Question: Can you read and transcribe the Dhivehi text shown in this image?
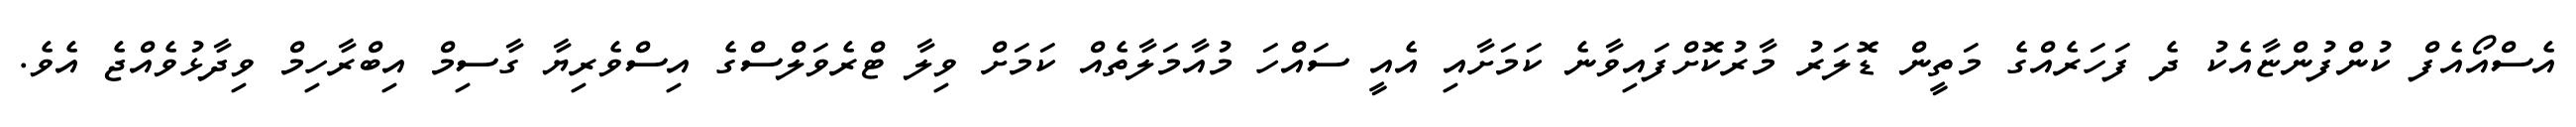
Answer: އެސްއޯއެފް ކުންފުންޏާއެކު ދެ ފަހަރެއްގެ މަތީން ޑޮލަރު މާރުކޮށްފައިވާނެ ކަމަށާއި އެއީ ސައްހަ މުއާމަލާތެއް ކަމަށް ވިލާ ޓްރެވަލްސްގެ އިސްވެރިޔާ ގާސިމް އިބްރާހިމް ވިދާޅުވެއްޖެ އެވެ.